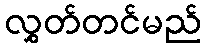
လွှတ်တင်မည်